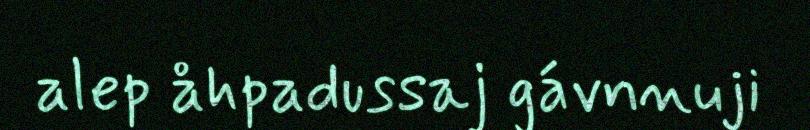
alep åhpadussaj gávnnuji